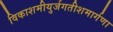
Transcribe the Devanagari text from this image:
विकाशमीयुर्जगतीशमार्गणा